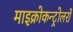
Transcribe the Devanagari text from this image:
माइक्रोकन्ट्रोलरों